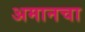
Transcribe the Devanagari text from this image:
अमानचा